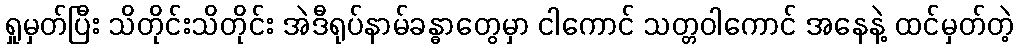
ရှုမှတ်ပြီး သိတိုင်းသိတိုင်း အဲဒီရုပ်နာမ်ခန္ဓာတွေမှာ ငါကောင် သတ္တဝါကောင် အနေနဲ့ ထင်မှတ်တဲ့